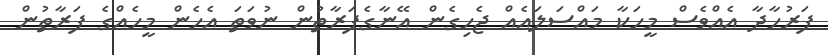
ފަރުހާދާ އެއްވެސް މީހަކާ މައްސަލައެއް ޖެހިގެން އޭނާގެފަރާތުން ނުވަތަ އެހެން މީހެއްގެ ފަރާތުން